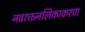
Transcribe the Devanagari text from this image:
नवरक्तनलिकाकरण